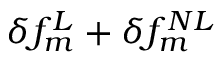
\delta f _ { m } ^ { L } + \delta f _ { m } ^ { N L }